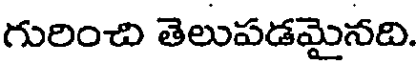
గురించి తెలుపడమైనది.